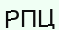
РПЦ